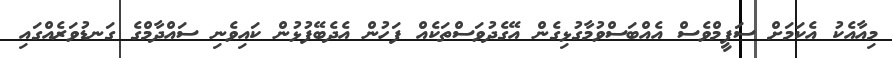
މިއާއެކު އެކަމަށް ސަފީމްވެސް އެއްބަސްވުމާގުޅިގެން އޭގެދުވަސްތަކެއް ފަހުން އެދެބޭފުޅުން ކައިވެނި ސައްދާމްގެ ގަނޑުވަރެއްގައި